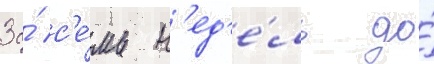
За́ с'е́мь н'ед'е́ль до́